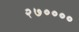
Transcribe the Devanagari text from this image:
२७००००